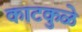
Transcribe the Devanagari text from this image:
काटकुळे